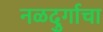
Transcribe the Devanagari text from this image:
नळदुर्गाचा